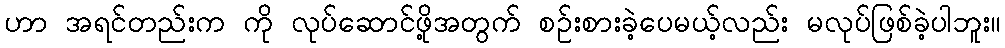
ဟာ အရင်တည်းက ကို လုပ်ဆောင်ဖို့အတွက် စဉ်းစားခဲ့ပေမယ့်လည်း မလုပ်ဖြစ်ခဲ့ပါဘူး။